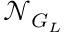
\mathcal { N } _ { G _ { L } }